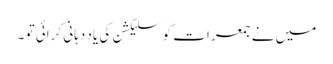
میں نے جمعرات کو سلیکشن کی یاد دہانی کرائی تو ۔